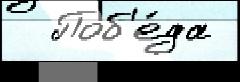
  Поб'е́да